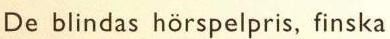
De blindas hörspelpris, finska